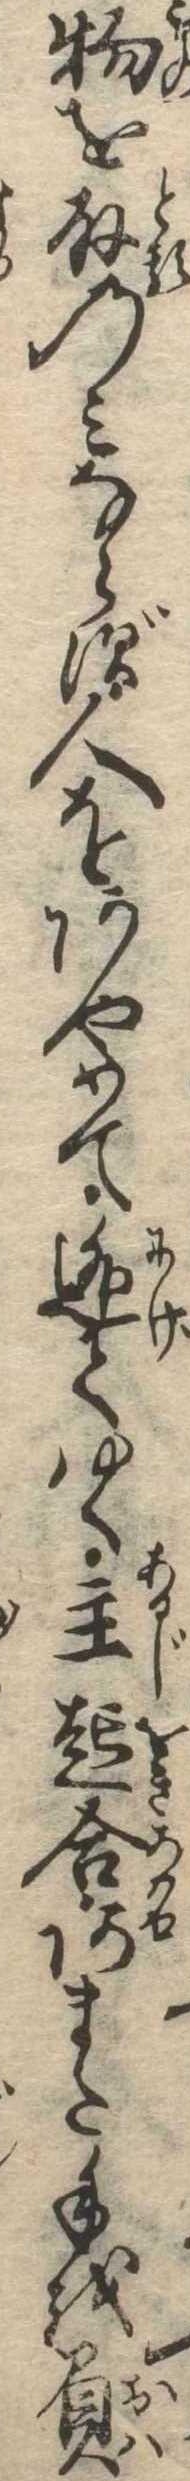
物を取のみならず人をあやめて逃てゆく主起合あまた手を負